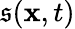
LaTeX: \mathfrak{s}(\mathbf{{x}},t)